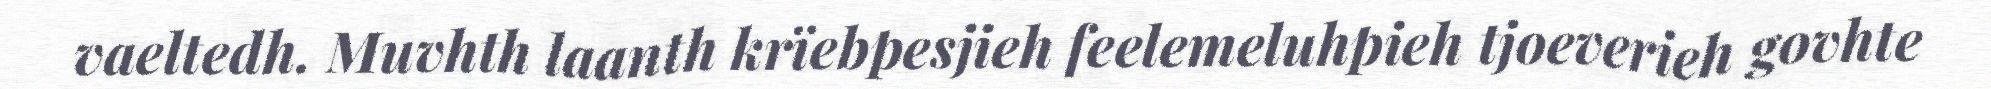
vaeltedh. Muvhth laanth krïebpesjieh feelemeluhpieh tjoeverieh govhte